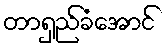
တာရှည်ခံအောင်